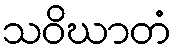
သဝိဃာတံ